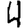
Digit: 4